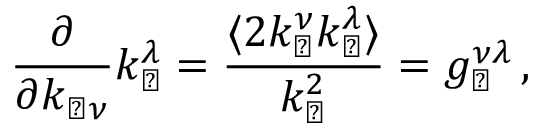
\frac { \partial } { \partial k _ { \perp \nu } } k _ { \perp } ^ { \lambda } = \frac { \langle 2 k _ { \perp } ^ { \nu } k _ { \perp } ^ { \lambda } \rangle } { k _ { \perp } ^ { 2 } } = g _ { \perp } ^ { \nu \lambda } \, ,